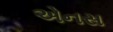
એનસ